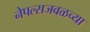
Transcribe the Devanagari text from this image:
नेपल्सजवळच्या